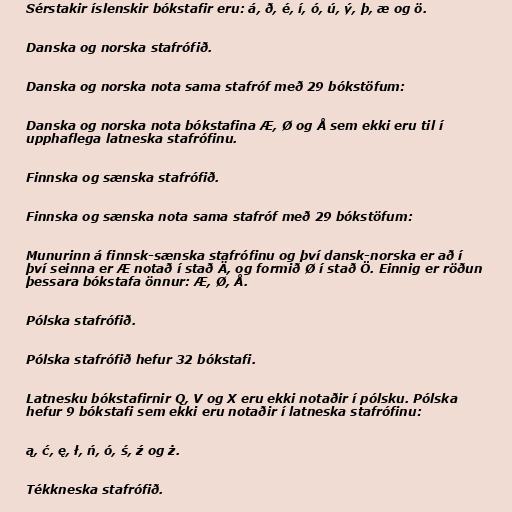
Sérstakir íslenskir bókstafir eru: á, ð, é, í, ó, ú, ý, þ, æ og ö.

Danska og norska stafrófið.

Danska og norska nota sama stafróf með 29 bókstöfum:

Danska og norska nota bókstafina Æ, Ø og Å sem ekki eru til í
upphaflega latneska stafrófinu.

Finnska og sænska stafrófið.

Finnska og sænska nota sama stafróf með 29 bókstöfum:

Munurinn á finnsk-sænska stafrófinu og því dansk-norska er að í
því seinna er Æ notað í stað Ä, og formið Ø í stað Ö. Einnig er röðun
þessara bókstafa önnur: Æ, Ø, Å.

Pólska stafrófið.

Pólska stafrófið hefur 32 bókstafi.

Latnesku bókstafirnir Q, V og X eru ekki notaðir í pólsku. Pólska
hefur 9 bókstafi sem ekki eru notaðir í latneska stafrófinu:

ą, ć, ę, ł, ń, ó, ś, ź og ż.

Tékkneska stafrófið.